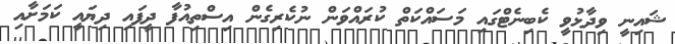
ޝައިނީ ވިދާޅުވީ ކެބިނެޓްގައި މަސައްކަތް ކުރައްވަން ނުކެރިގެން އިސްތިއުފާ ދީފައި ދިޔައީ ކަމަށާއި